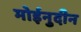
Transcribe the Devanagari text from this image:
मोईनुदीन